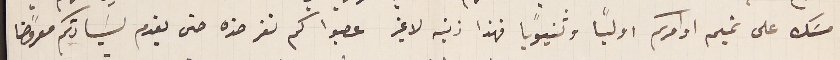
مسَك على تميم اوامركم اوليًا وثنيوياً فهذا ذنبه لا غير عصبوا كم نفر ضده حتى يقدم لسَيادتكم معروضًا